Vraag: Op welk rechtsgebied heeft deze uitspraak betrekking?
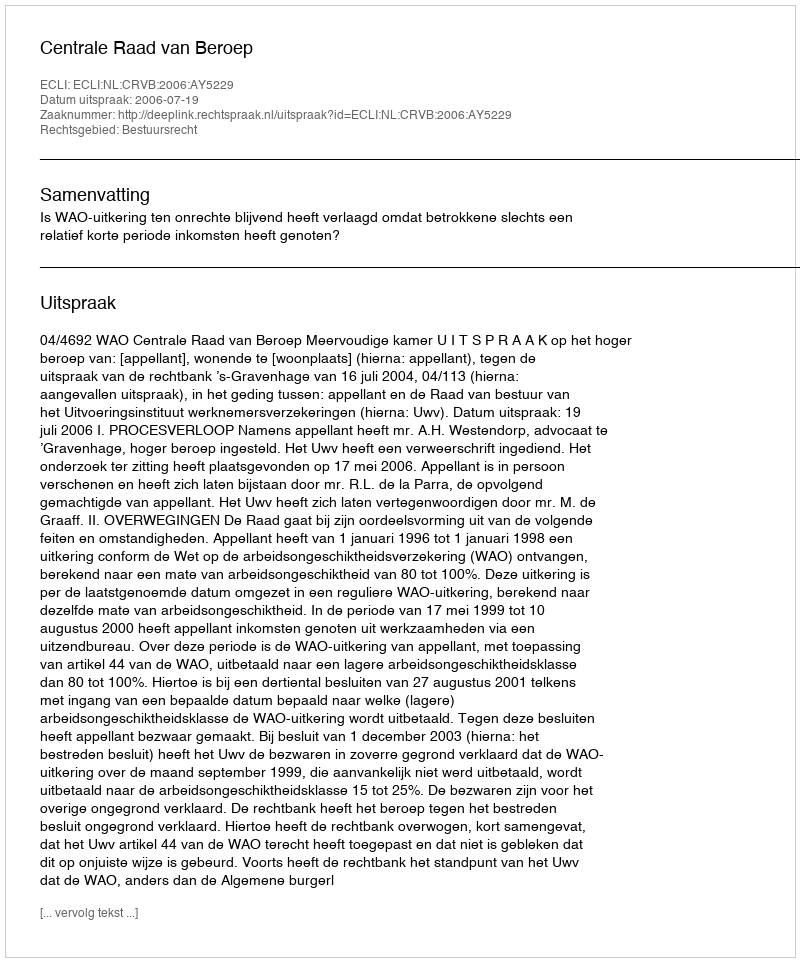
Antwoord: Bestuursrecht